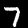
Label: 7